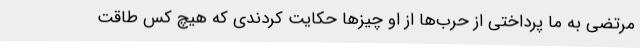
مرتضی به ما پرداختی از حرب‌ها از او چیزها حکایت کردندی که هیچ کس طاقت